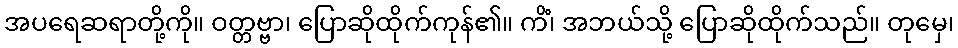
အပရေဆရာတို့ကို။ ဝတ္တဗ္ဗာ၊ ပြောဆိုထိုက်ကုန်၏။ ကိံ၊ အဘယ်သို့ ပြောဆိုထိုက်သည်။ တုမှေ၊